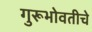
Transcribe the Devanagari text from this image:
गुरूभोवतीचे